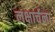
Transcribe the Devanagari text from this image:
लक्षार्चना